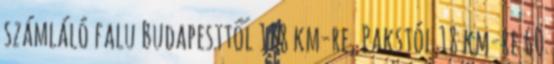
számláló falu Budapesttől 138 km-re, Pakstól 18 km-re 60